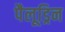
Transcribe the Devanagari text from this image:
पैलूड्रिन